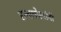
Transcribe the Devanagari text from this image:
रत्नामोत्यांनी